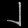
Digit: ၂